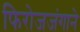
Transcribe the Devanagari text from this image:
फिरोजजंगाने